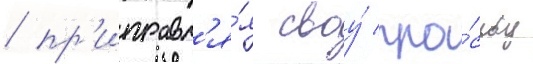
/ пр'иправл'я́я своу́ про́сьбу